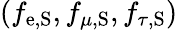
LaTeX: (f_{\mathrm{e},\mathrm{{S}}},f_{\mu,\mathrm{{S}}},f_{\tau,\mathrm{{S}}})